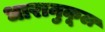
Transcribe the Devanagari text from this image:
धारानुकूल